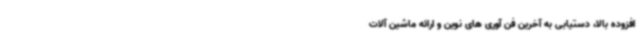
افزوده بالا، دستیابی به آخرین فن آوری های نوین و ارائه ماشین آلات